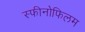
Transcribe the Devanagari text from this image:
स्फीनोफिलम